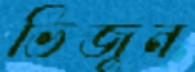
ভিজুন